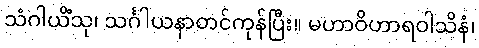
သံဂါယိံသု၊ သင်္ဂါယနာတင်ကုန်ပြီး။ မဟာဝိဟာရဝါသိနံ၊